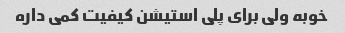
خوبه ولی برای پلی استیشن کیفیت کمی داره